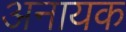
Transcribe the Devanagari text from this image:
अनायक